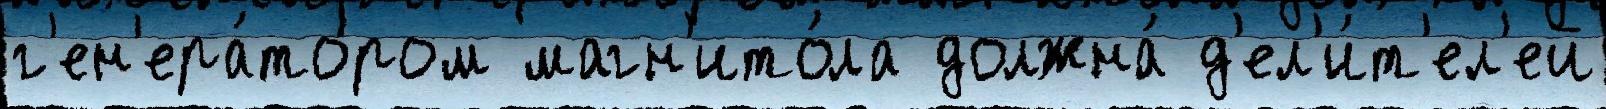
г'ен'ера́тором магн'ито́ла должна́ д'ел'и́т'ел'ей